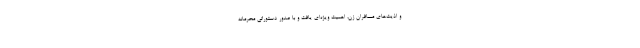
و اذیت‌های مسافران زن، اهمیت ویژه‌ای یافت و با صدور دستوراتی محرمانه